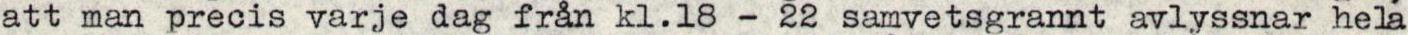
att man precis varje dag från kl.18 - 22 samvetsgrannt avlyssnar hela